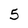
Character: 5